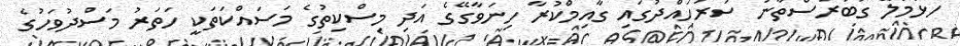
ހުޅުމާލޭ ގަބުރުސްތާނު ސަރަހައްދުގައި ގާއިމްކުރާ ހިނަވާގޭގެ އަދި މިސްކިތުގެ މަސައްކަތަކީ ހަތަރު މަސްދުވަހުގެ